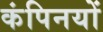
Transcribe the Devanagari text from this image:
कंपिनयों